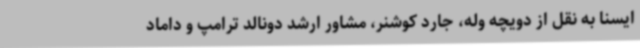
ایسنا به نقل از دویچه وله، جارد کوشنر، مشاور ارشد دونالد ترامپ و داماد